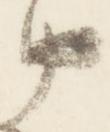
中